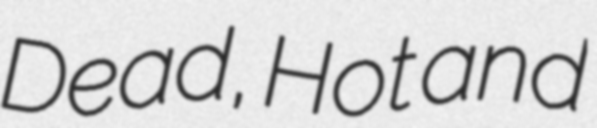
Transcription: Dead, Hot and